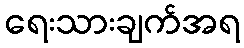
ရေးသားချက်အရ